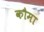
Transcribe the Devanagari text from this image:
कौमा